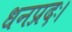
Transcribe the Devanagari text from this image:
धनप्रदः।